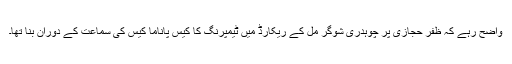
واضح رہے کہ ظفر حجازی پر چوہدری شوگر مل کے ریکارڈ میں ٹیمپرنگ کا کیس پاناما کیس کی سماعت کے دوران بنا تھا۔